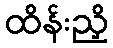
ထိန်းညှိ